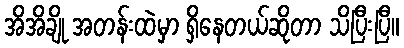
အိအိချို အတန်းထဲမှာ ရှိနေတယ်ဆိုတာ သိပြီးပြီ။